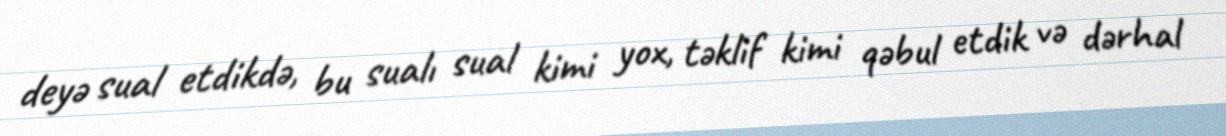
deyə sual etdikdə, bu sualı sual kimi yox, təklif kimi qəbul etdik və dərhal